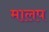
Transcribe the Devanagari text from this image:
मालप